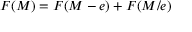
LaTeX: F ( M ) = F ( M - e ) + F ( M / e )